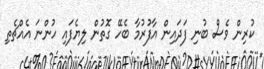
ކުރިން ވެސް ބުނި ފަދައިން އާފުރުމާ ބެހޭ ގޮތުން ލިޔެފައި ހުންނަ އެއްޗެތި